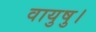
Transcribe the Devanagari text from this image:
वायुषु।